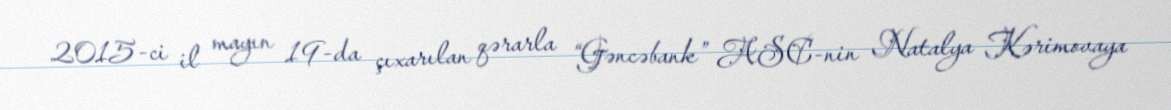
2015-ci il mayın 19-da çıxarılan qərarla “Gəncəbank” ASC-nin Natalya Kərimovaya